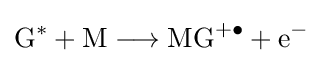
{\mathrm {G} {\vphantom {A}}^{\ast {}}{}+{}\mathrm {M} {}\mathrel {\longrightarrow } {}\mathrm {MG} {\vphantom {A}}^{+\bullet }{}+{}\mathrm {e} {\vphantom {A}}^{-}}